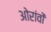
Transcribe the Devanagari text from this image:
ओरांवों